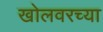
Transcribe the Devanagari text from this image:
खोलवरच्या